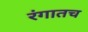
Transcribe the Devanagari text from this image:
रंगातच